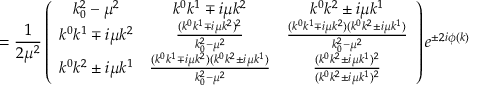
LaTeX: = \frac { 1 } { 2 \mu ^ { 2 } } \left( \begin{array} { c c c } { { k _ { 0 } ^ { 2 } - \mu ^ { 2 } } } & { { k ^ { 0 } k ^ { 1 } \mp i \mu k ^ { 2 } } } & { { k ^ { 0 } k ^ { 2 } \pm i \mu k ^ { 1 } } } \\ { { k ^ { 0 } k ^ { 1 } \mp i \mu k ^ { 2 } } } & { { \frac { ( k ^ { 0 } k ^ { 1 } \mp i \mu k ^ { 2 } ) ^ { 2 } } { k _ { 0 } ^ { 2 } - \mu ^ { 2 } } } } & { { \frac { ( k ^ { 0 } k ^ { 1 } \mp i \mu k ^ { 2 } ) ( k ^ { 0 } k ^ { 2 } \pm i \mu k ^ { 1 } ) } { k _ { 0 } ^ { 2 } - \mu ^ { 2 } } } } \\ { { k ^ { 0 } k ^ { 2 } \pm i \mu k ^ { 1 } } } & { { \frac { ( k ^ { 0 } k ^ { 1 } \mp i \mu k ^ { 2 } ) ( k ^ { 0 } k ^ { 2 } \pm i \mu k ^ { 1 } ) } { k _ { 0 } ^ { 2 } - \mu ^ { 2 } } } } & { { \frac { ( k ^ { 0 } k ^ { 2 } \pm i \mu k ^ { 1 } ) ^ { 2 } } { ( k ^ { 0 } k ^ { 2 } \pm i \mu k ^ { 1 } ) ^ { 2 } } } } \end{array} \right) e ^ { \pm 2 i \phi ( k ) }